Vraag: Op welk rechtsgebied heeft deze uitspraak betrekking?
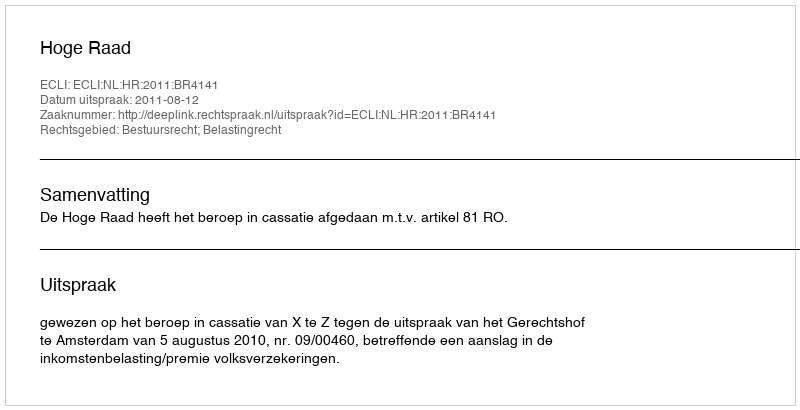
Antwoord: Bestuursrecht; Belastingrecht